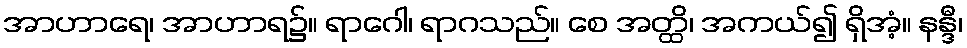
အာဟာရေ၊ အာဟာရ၌။ ရာဂေါ၊ ရာဂသည်။ စေ အတ္ထိ၊ အကယ်၍ ရှိအံ့။ နန္ဒီ၊